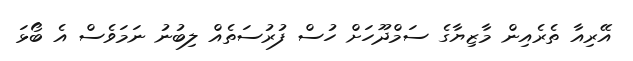
އޭރިއާ ތެރެއިން މާޒިޔާގެ ސަމްދޫހަށް ހުސް ފުރުސަތެއް ލިބުނު ނަމަވެސް އެ ބޯޅަ